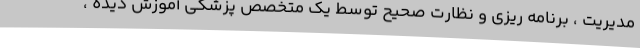
مدیریت ، برنامه ریزی و نظارت صحیح توسط یک متخصص پزشکی آموزش دیده ،